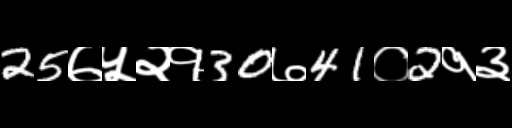
Text: 25७५२१30७41०2१३